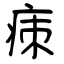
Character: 㾊